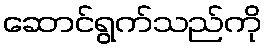
ဆောင်ရွက်သည်ကို